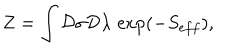
LaTeX: Z = \int { \cal D } \sigma { \cal D } \lambda \, \exp ( - S _ { e f f } ) ,